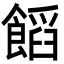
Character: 饀